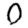
Digit: 0